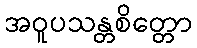
အဝူပသန္တစိတ္တော